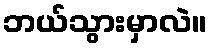
ဘယ်သွားမှာလဲ။